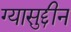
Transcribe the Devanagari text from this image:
ग्यासुद्दीन